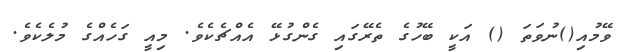
ވޭމުއި()ނުވަތަ () އަކީ ބޭހުގެ ތެރޭގައި ގެންގުޅޭ އެއްޗެކެވެ. މިއީ ގަހެއްގެ މުލެކެވެ.